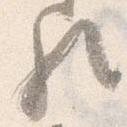
歟